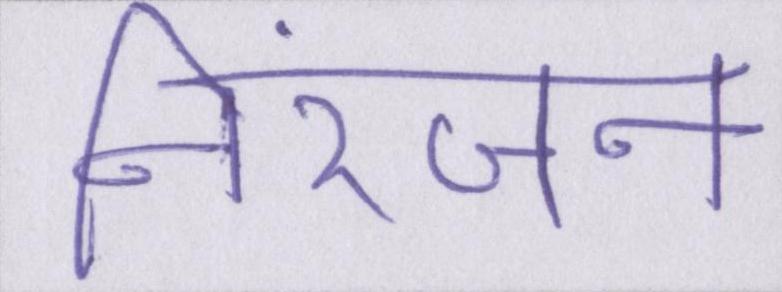
निरंजन